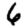
Digit: 6